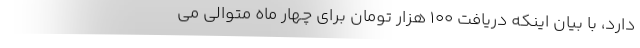
دارد، با بیان اینکه دریافت ۱۰۰ هزار تومان برای چهار ماه متوالی می